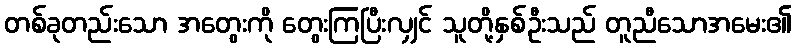
တစ်ခုတည်းသော အတွေးကို တွေးကြပြီးလျှင် သူတို့နှစ်ဦးသည် တူညီသောအမေး၏